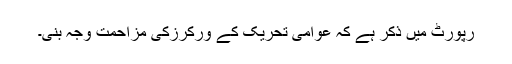
رپورٹ میں ذکر ہے کہ عوامی تحریک کے ورکرزکی مزاحمت وجہ بنی۔